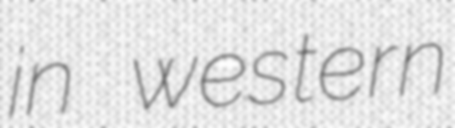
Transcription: in western